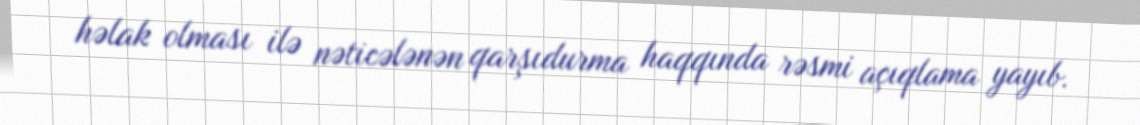
həlak olması ilə nəticələnən qarşıdurma haqqında rəsmi açıqlama yayıb.